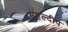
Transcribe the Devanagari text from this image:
महल्दीप